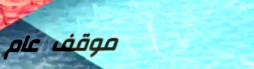
موقف عام